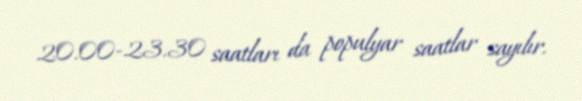
20.00-23.30 saatları da populyar saatlar sayılır.